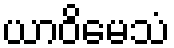
ယာဝိမေသံ